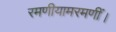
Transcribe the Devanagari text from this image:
रमणीयामरमणीं।